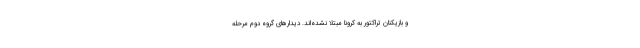
و بازیکنان تراکتور به کرونا مبتلا نشده‌اند. دیدارهای گروه دوم مرحله